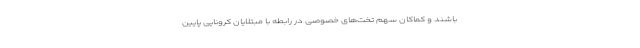
باشند و کماکان سهم تخت‌های خصوصی در رابطه با مبتلایان کرونایی پایین